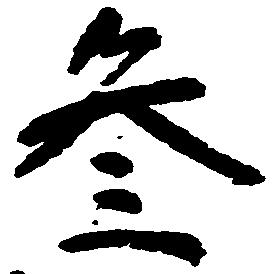
参